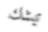
تیشك